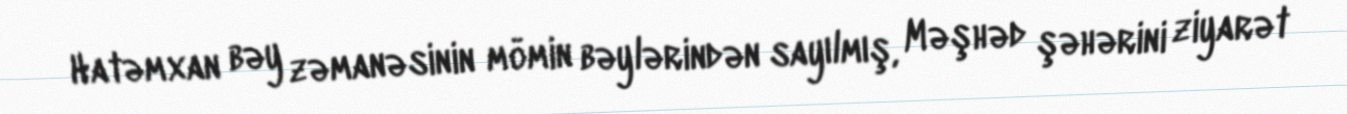
Hatəmxan bəy zəmanəsinin mömin bəylərindən sayılmış, Məşhəd şəhərini ziyarət